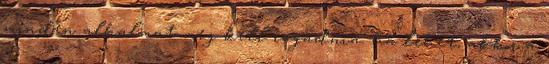
minden alkalmat meg kell ragadnia: ha lehet, akkor a